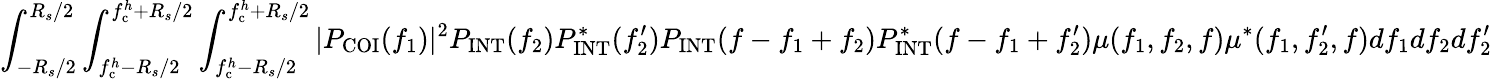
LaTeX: \int_{-R_{s}/2}^{R_{s}/2}\int_{f_{\mathrm{c}}^{h}-R_{s}/2}^{f_{\mathrm{c}}^{h}+R_{s}/2}\int_{f_{\mathrm{c}}^{h}-R_{s}/2}^{f_{\mathrm{c}}^{h}+R_{s}/2}|P_{\mathrm{COI}}(f_{1})|^{2}P_{\mathrm{INT}}(f_{2})P_{\mathrm{INT}}^{\ast}(f_{2}^{\prime})P_{\mathrm{INT}}(f-f_{1}+f_{2})P_{\mathrm{INT}}^{\ast}(f-f_{1}+f_{2}^{\prime})\mu(f_{1},f_{2},f)\mu^{\ast}(f_{1},f_{2}^{\prime},f)df_{1}df_{2}df_{2}^{\prime}